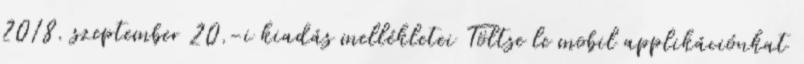
2018. szeptember 20.-i kiadás mellékletei Töltse le mobil applikációnkat